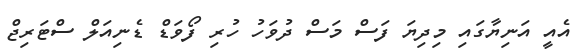
އެއީ އަނިޔާގައި މިދިޔަ ފަސް މަސް ދުވަހު ހުރި ފޯވަޑް ޑެނިއަލް ސްޓަރިޖް